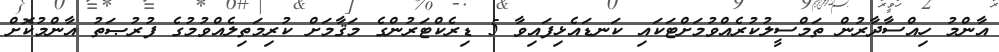
އާންމު ހިއްސާދާރުން ތަމްސީލުކުރެއްވުމަށްޓަކައި ކަނޑައެޅިފައިވާ 5 ޑިރެކްޓަރުންގެ މަޤާމަށް ކުރިމަތިލެއްވުމުގެ ފުރުޞަތު އާންމުކޮށް